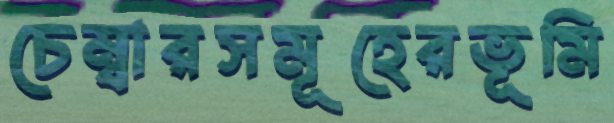
চেম্বারসমূহেরভূমি